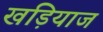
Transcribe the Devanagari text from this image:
खड़ियाज